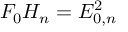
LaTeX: F _ { 0 } H _ { n } = E _ { 0 , n } ^ { 2 }